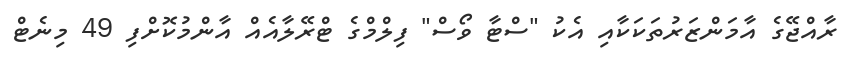
ރާއްޖޭގެ އާމަންޒަރުތަކަކާއި އެކު "ސްޓާ ވޯސް" ފިލްމްގެ ޓްރޭލާއެއް އާންމުކޮށްފި 49 މިނެޓް